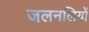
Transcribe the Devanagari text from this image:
जलनलियों